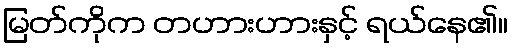
မြတ်ကိုက တဟားဟားနှင့် ရယ်နေ၏။